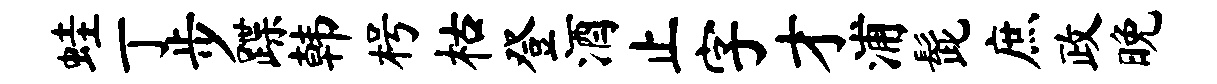
蛙丁步蹀韩枵枯登酒止字才浦髭庶政晚